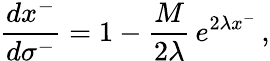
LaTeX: \frac{dx^{-}}{d\sigma^{-}}=1-\frac{M}{2\lambda}\, e^{2\lambda x^{-}}\, ,